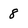
Character: 8